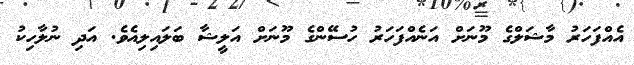
އެއްފަހަރު މާޝަލްގެ މޫނަށް އަނެއްފަހަރު ހުސޭންގެ މޫނަށް އަލީޝާ ބަލައިލިއެވެ. އަދި ނުލާހިކު